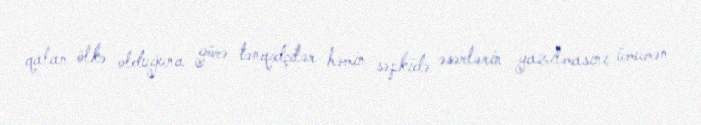
qalan ölkə olduğuna görə tənqidçilər həmin səpkidə əsərlərin yazılmasını ümumən